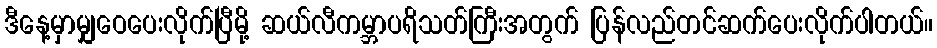
ဒီနေ့မှာမျှဝေပေးလိုက်ပြီမို့ ဆယ်လီကမ္ဘာပရိသတ်ကြီးအတွက် ပြန်လည်တင်ဆက်ပေးလိုက်ပါတယ်။